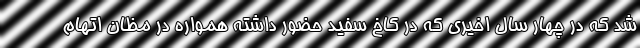
شد که در چهار سال اخیری که در کاخ سفید حضور داشته همواره در مظان اتهام